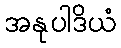
အနုပါဒိယံ